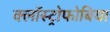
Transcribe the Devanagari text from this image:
क्लॉस्ट्रोफोबिया